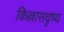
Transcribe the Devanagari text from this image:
किल्लासदृष्य